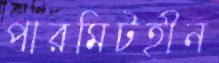
পারমিটহীন